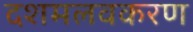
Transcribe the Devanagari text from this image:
दशमलवकरण